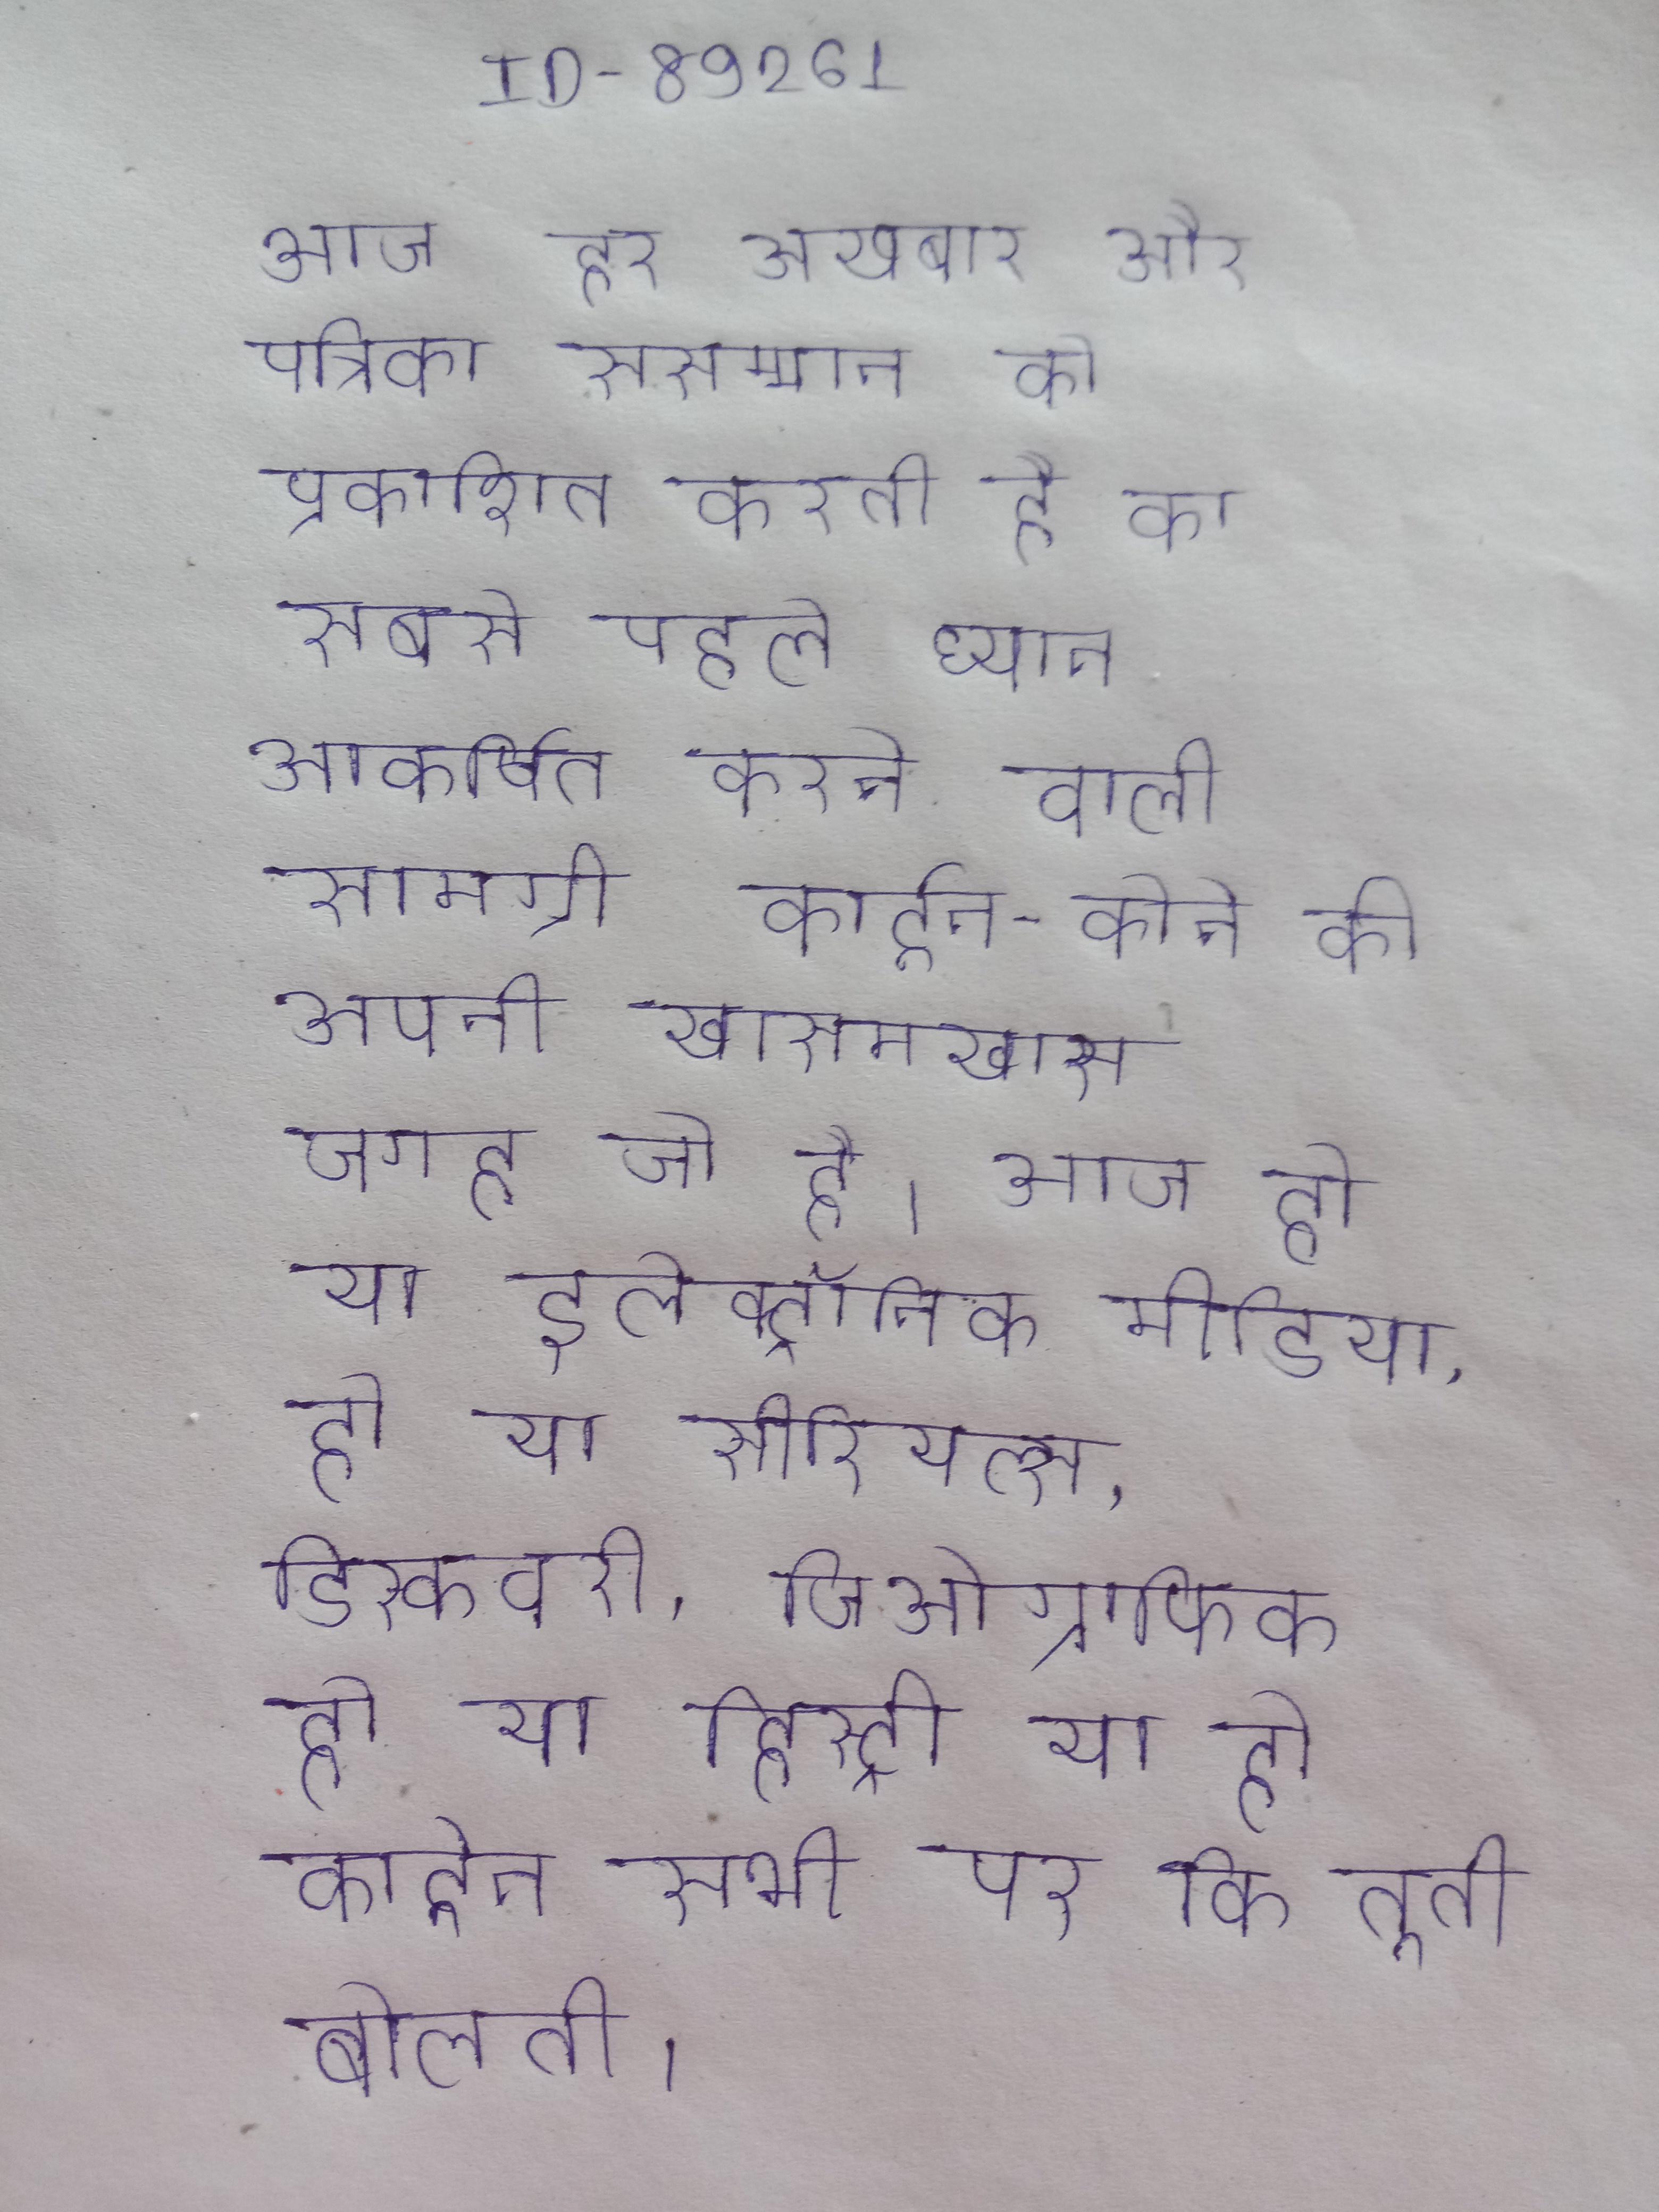
आज हर अखबार और पत्रिका ससम्मान को प्रकाशित करती है का सबसे पहले ध्यान आकर्षित करने वाली सामग्री कार्टून-कोने की अपनी खासमखास जगह जो है । आज हो या इलेक्ट्रॉनिक मीडिया, हो या सीरियल्स, डिस्कवरी, जिओग्राफिक हो या हिस्ट्री या हो कार्टून सभी पर कि तूती बोलती ।